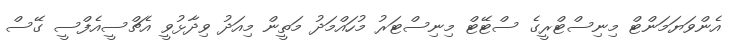
އެންވަޔަމަންޓް މިނިސްޓްރީގެ ސްޓޭޓް މިނިސްޓަރު މުހައްމަދު މަތީން މިއަދު ވިދާޅުވީ އެޗްސީއެފްސީ ގޭސް